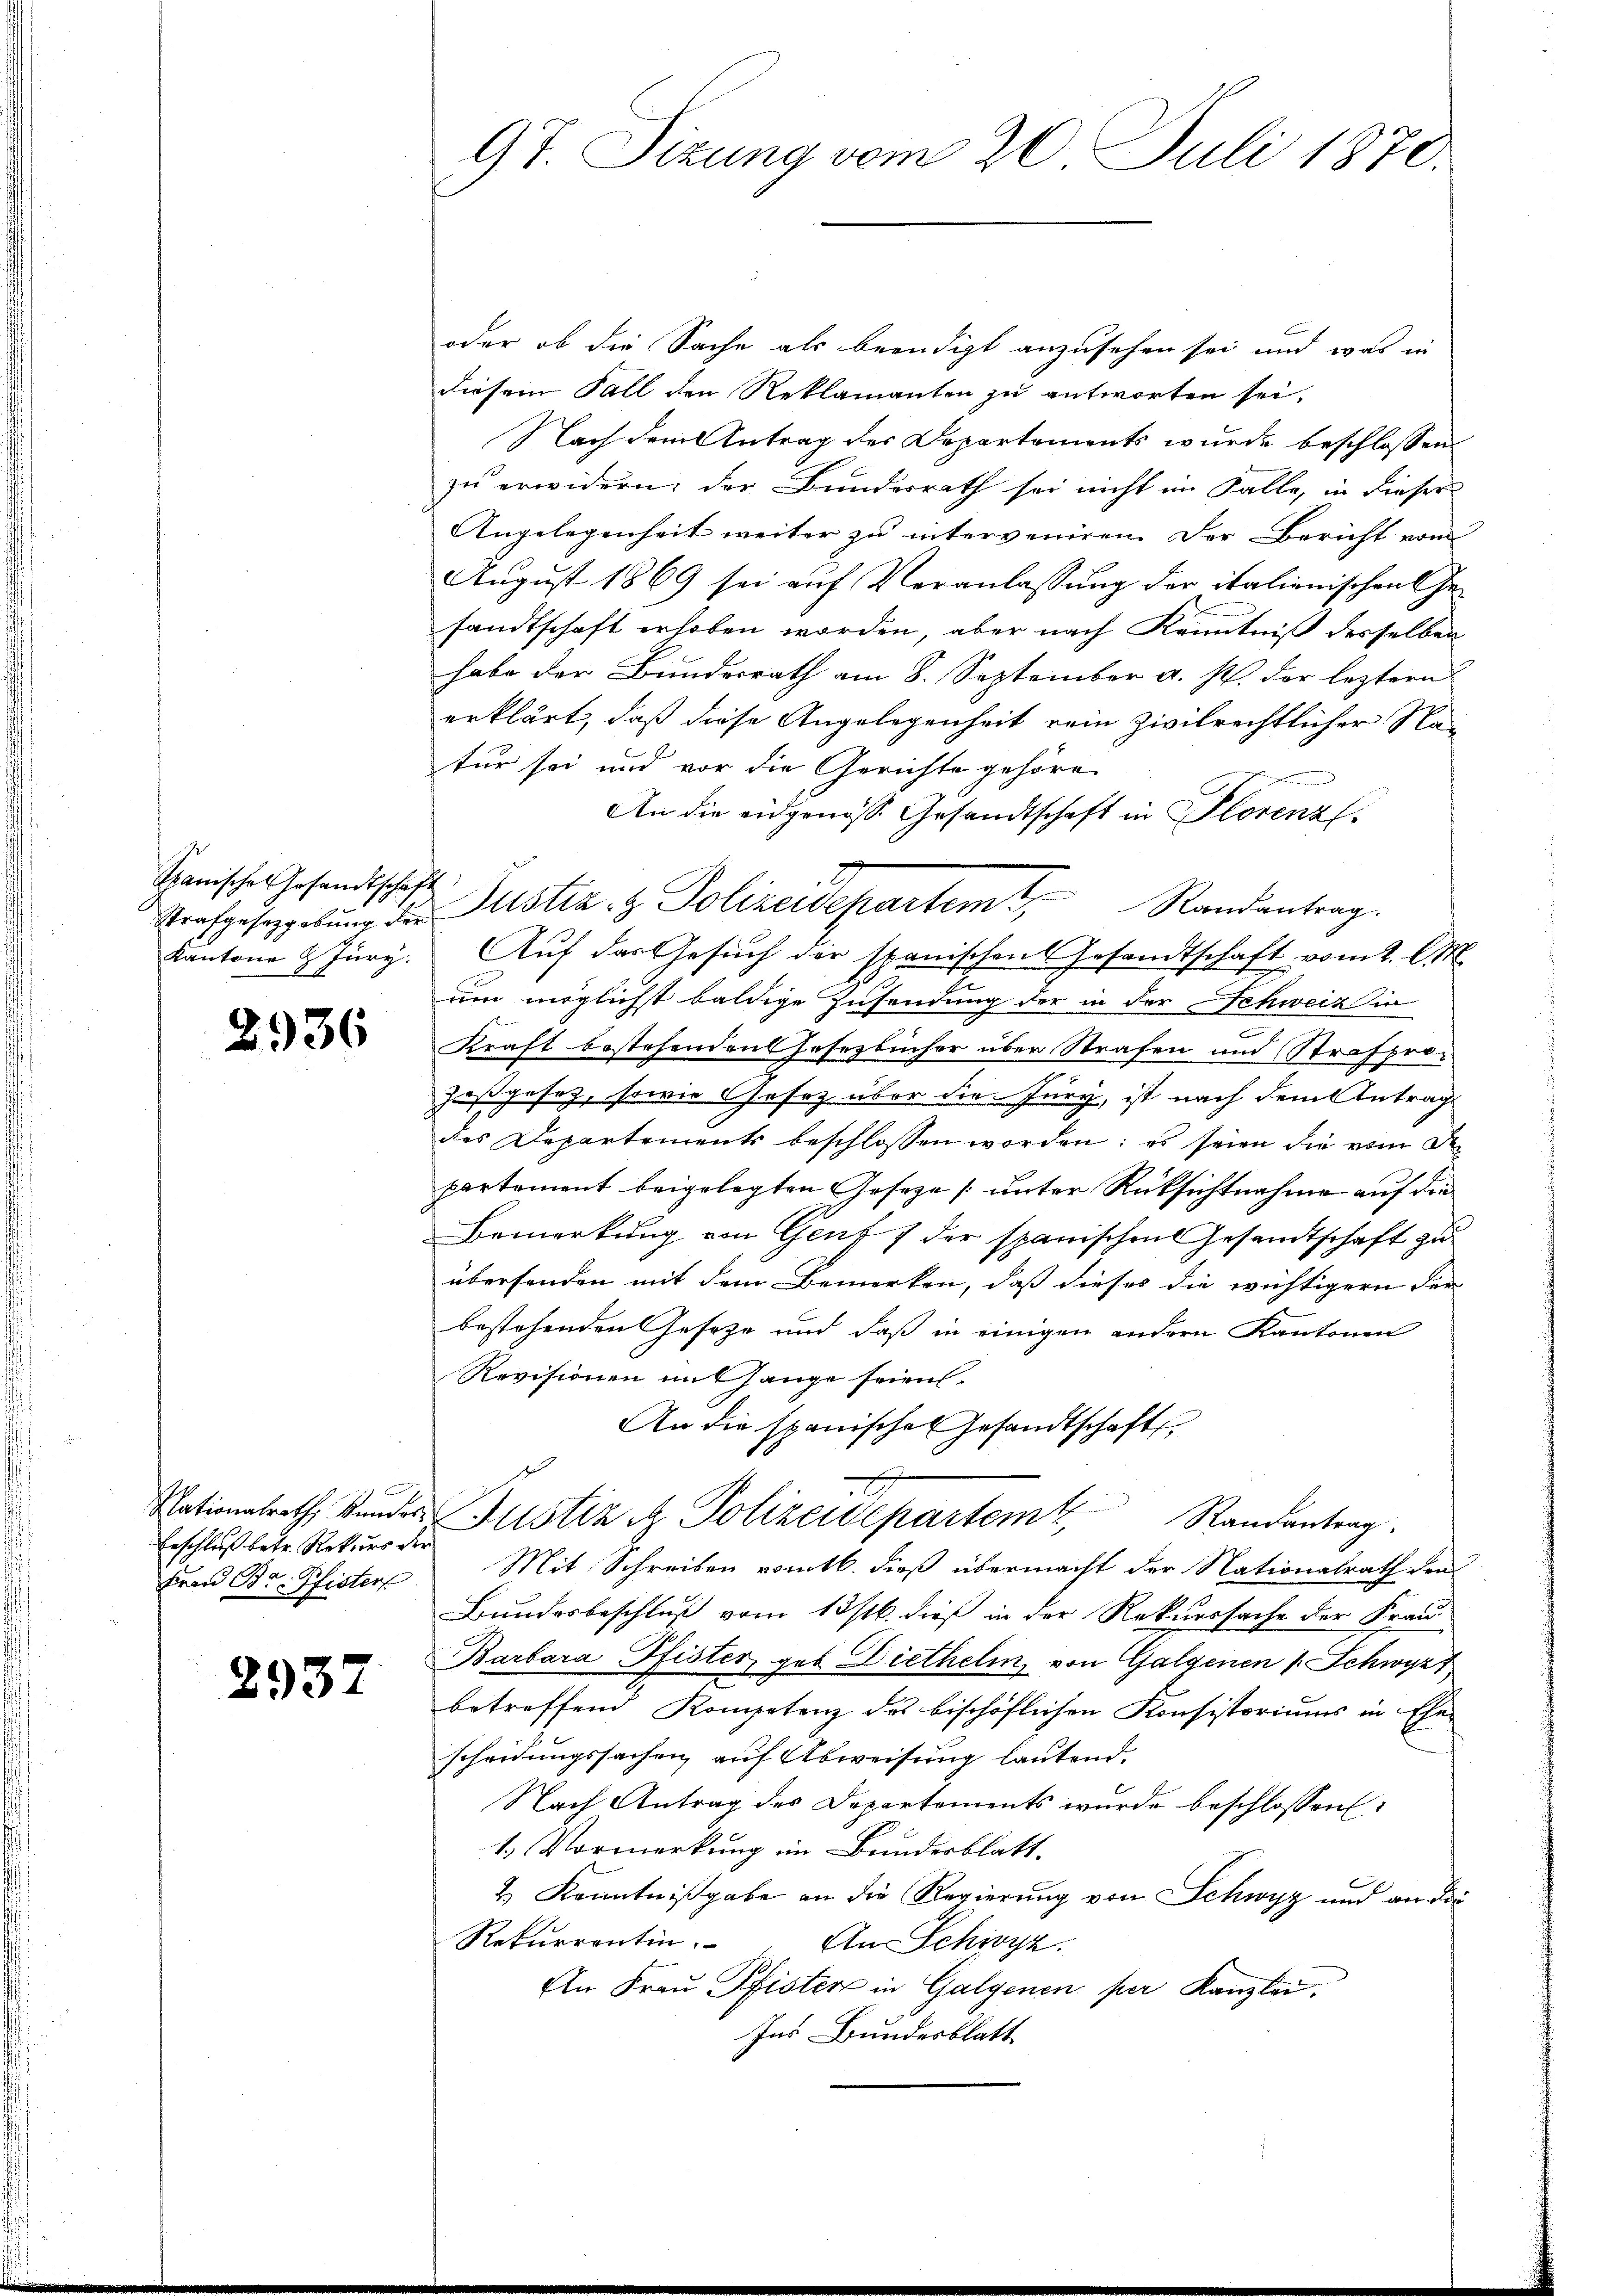
Spanisches Gesandtschaft
Kantone 9 Jury.

2936

Erschluß betr. Rekurs der
Frau Br. Pfisters

2937

9t. Sizung vom 20. Juli 1870.

oder ob die Sache als beendigt anzusehen sei und was in
diesem Fall den Reklamanten zu antworten sei.
Nach dem Antrag der Departaments wurde beschlossen:
zu erwidern; der Bundesrath sei nicht im Falle, in dieser
Angelegenheit weiter zu interveniren. Der Bericht vom
August 1869 sei auf Veranlassung der italienischen Gesandtschaft erhoben worden, aber nach Kenntniß desselben
habe der Bundesrath am 8. September a. s. der leztern
erklärt, daß diese Angelegenheit rein zivilrechtlicher Na-
tur sei und vor die Gerichte gehöre
An die eidgenöss. Gesandtschaft in Florenzl.
Auf das Gesuch der spanischen Gesandtschaft vom 2. l. M.
um möglichst baldige Zusendung der in der Schweiz in
Kraft bestehenden Gesezbücher über Strafen und Strafprozoßgesetz, sowie Gesetz über die Fury, ist nach dem Antrag
des Departement beschlossen worden; es seien die von de
partement beigelegten Geseze [unter Rüksichtnahme auf die
Bemerkung von Genf 7 der spanischen Gesandtschaft zu
übersenden mit dem Bemerken, daß dieses die wichtigern der
bestehenden Geseze und daß in einigen andern Kantonen
Revisionen mit hange seien.
An die spanische Gesandtschaft
Nationalrath Bunder Justiz & Polizeidepartem Randantrag.
Mit Schreiben romtl. dieß übermacht der Nationalrath den
Bundesbeschluß vom 13 stl. dieß in der Rekurssache der Frau
Barbara Pfister, geb. Diethelm, von Galgenen v. Schwyzt
betreffend Kompetenz des bischöflichen Konsistoriums in Ehe-
scheidungssachen auf Abweisung lautend.
Nach Antrag des Departements wurde beschlossen:
1.) Vormerkung im Bundesblatt.
2.) Kenntnißgabe an die Regierung von Schwyz und an die
Rekurrenten.
An Schwyz.
An Frau Pfister in Galgenen per Kanzlei,
Ins Bundesblatt

Trafgesegelŭng der Justiz- & Polizeidepartem Randantrag.